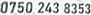
0750 243 8353